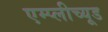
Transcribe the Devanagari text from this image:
एम्प्लीच्यूड